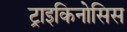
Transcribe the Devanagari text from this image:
ट्राइकिनोसिस